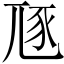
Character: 豗